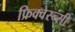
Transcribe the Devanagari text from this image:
फ्रिक्वेस्न्सी